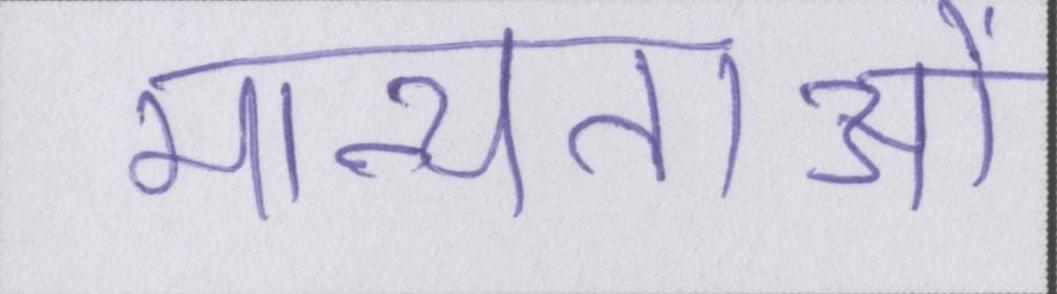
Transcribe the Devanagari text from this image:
मान्यताओं